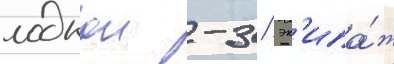
лодкои -3 / эк'ипа́ж